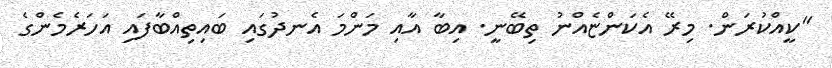
"ކީއްކުރަން. މިރޭ އެކަންޏެއްނު ތިބޭނީ. އިބާ އާއި މަންމަ އެނދުގައި ބައިތިއްބާފައި އަހަރެމެންގެ